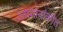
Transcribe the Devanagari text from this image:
अग्रमानांकीत